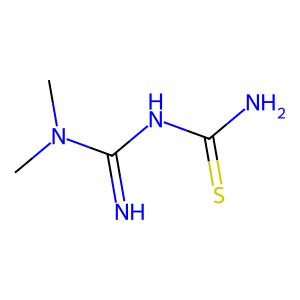
SMILES: CN(C)C(=N)NC(N)=S
Inhibits HIV replication: No